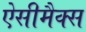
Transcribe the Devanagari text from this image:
ऐसीमैक्स